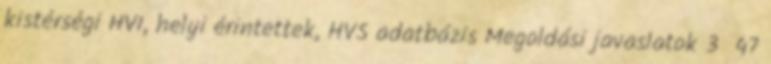
kistérségi HVI, helyi érintettek, HVS adatbázis Megoldási javaslatok 3 47